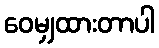
ဝေမျှထားတာပါ